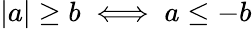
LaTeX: |a|\geq b\iff a\leq-b